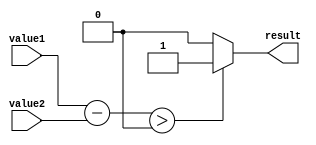
module greater_than_comparator(
    input [7:0] value1,
    input [7:0] value2,
    output reg result
);

    reg [7:0] difference;

    always @(value1, value2)
    begin
        difference = value1 - value2;
        if(difference > 0)
            result = 1;
        else
            result = 0;
    end

endmodule